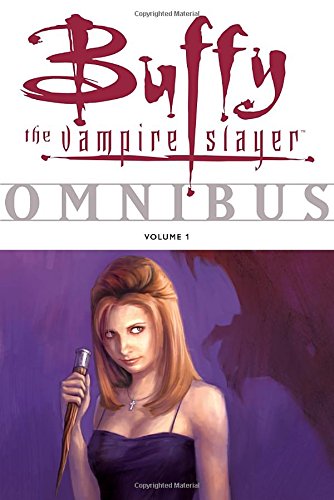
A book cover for Buffy the Vampire Slayer Omnibus, Vol. 1; Various; Teen & Young Adult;